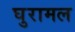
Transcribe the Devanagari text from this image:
घुरामल